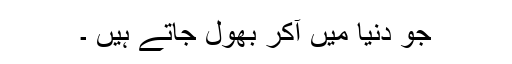
جو دنیا میں آکر بھول جاتے ہیں ۔